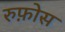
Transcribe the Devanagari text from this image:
रुफ़ोस